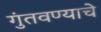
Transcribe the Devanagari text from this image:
गुंतवण्याचे